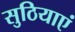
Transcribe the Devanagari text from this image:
सुठियाएं